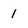
Character: 1